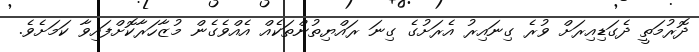
ދޮރުމަތީ ދެގަޑިއިރަށް ވުރެ ގިނައިރު އެރަށުގެ ގިނަ ރައްޔިތުންތަކެއް އެއްވެގެން މުޒާހަރާކޮށްފައިވާ ކަމަށެވެ.